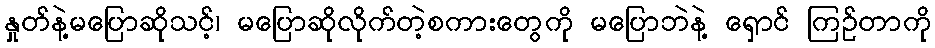
နှုတ်နဲ့မပြောဆိုသင့်၊ မပြောဆိုလိုက်တဲ့စကားတွေကို မပြောဘဲနဲ့ ရှောင် ကြဉ်တာကို